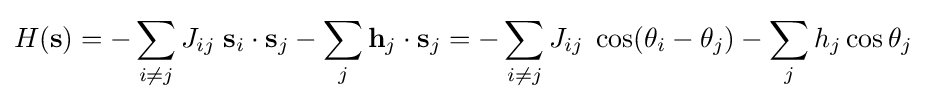
H(\mathbf {s} )=-\sum _{i\neq j}J_{ij}\;\mathbf {s} _{i}\cdot \mathbf {s} _{j}-\sum _{j}\mathbf {h} _{j}\cdot \mathbf {s} _{j}=-\sum _{i\neq j}J_{ij}\;\cos(\theta _{i}-\theta _{j})-\sum _{j}h_{j}\cos \theta _{j}